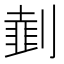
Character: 𠟜